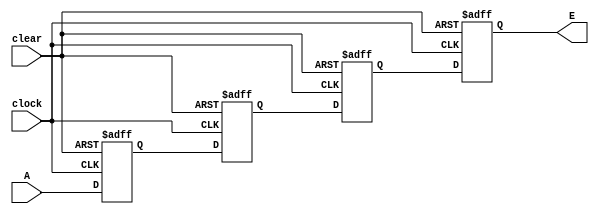
// Behavioral model of 4-bit Shit register using sequenntial non-blocking assignments

module shift_4bit (clock, clear, A, E);

	input clock, clear, A;
	output reg E;
	reg B, C, D;
	
	always @ (posedge clock or negedge clear)
		begin
			if (!clear)
				begin
					B <= 0;
					C <= 0;
					D <= 0;
					E <= 0;
				end
			else
				begin
					E <= D;
					B <= A;
					C <= B;
					D <= C;
				end
		end
endmodule